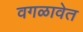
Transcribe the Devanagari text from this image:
वगळावेत